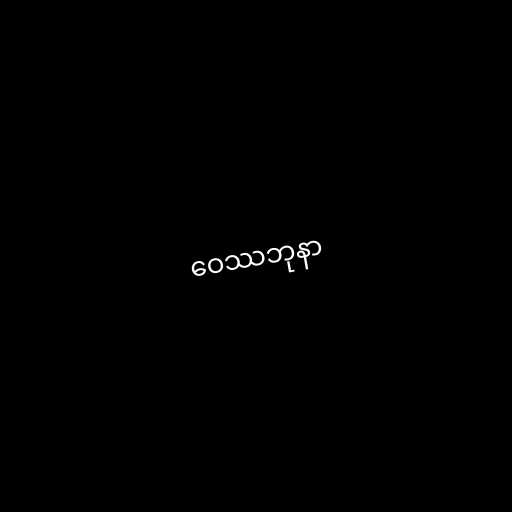
ဝေဿဘုနာ